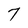
Character: 7